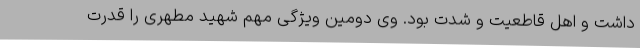
داشت و اهل قاطعیت و شدت بود. وی دومین ویژگی مهم شهید مطهری را قدرت